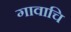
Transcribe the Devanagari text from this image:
गावाचि